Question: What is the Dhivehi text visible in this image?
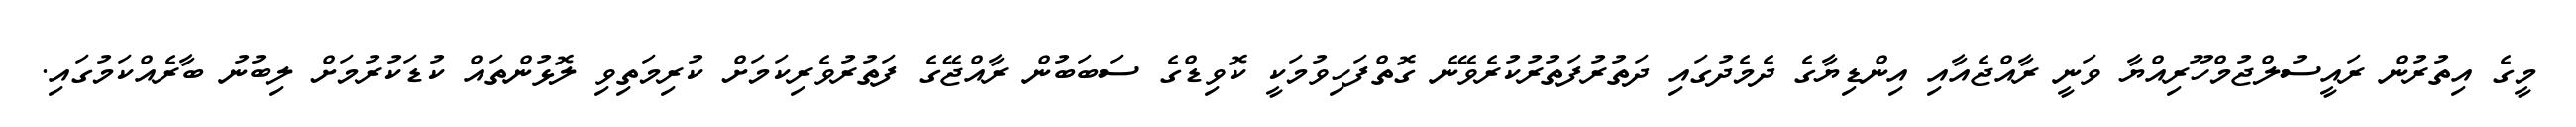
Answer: މީގެ އިތުރުން ރައީސުލްޖުމްހޫރިއްޔާ ވަނީ ރާއްޖެއާއި އިންޑިޔާގެ ދެމެދުގައި ދަތުރުފަތުރުކުރެވޭނެ ގޮތްފަހިވުމަކީ ކޮވިޑްގެ ސަބަބުން ރާއްޖޭގެ ފަތުރުވެރިކަމަށް ކުރިމަތިވި ލޮޅުންތައް ކުޑަކުރުމަށް ލިބުނު ބާރެއްކަމުގައި.